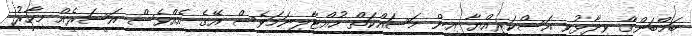
ބަމްބަންގް ވިދާޅުވީ އަސްކަރިއްޔާ އިން މަސައްކަތް ހުއްޓާލިނަމަވެސް އޭގެ އެއްވެސް އަސަރެއް މިހާރު